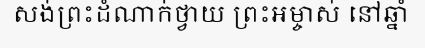
សង់ព្រះដំណាក់ថ្វាយ ព្រះអម្ចាស់ នៅឆ្នាំ